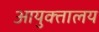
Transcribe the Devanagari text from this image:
आयुक्‍तालय